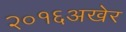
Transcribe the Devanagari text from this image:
२०१६अखेर